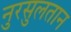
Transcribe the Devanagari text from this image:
नुरसुलतान